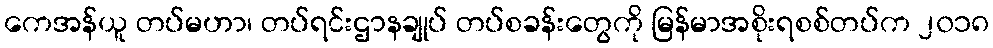
ကေအန်ယူ တပ်မဟာ၊ တပ်ရင်းဌာနချုပ် တပ်စခန်းတွေကို မြန်မာအစိုးရစစ်တပ်က ၂၀၁၈